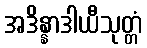
အဒိန္နာဒါယီသုတ္တံ